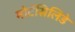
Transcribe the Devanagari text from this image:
मोटॅसिलिडे